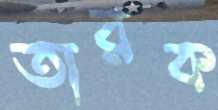
তারক